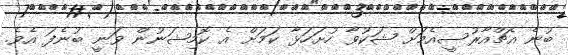
ބުނެ އެޗްއާރުސީއެމަށް ޝަކުވާ ހުށަހަޅާ ކަމަށް އެ ކޮމިޝަނުން ވަނީ ބުނެފަ އެވެ.